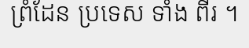
ព្រំដែន ប្រទេស ទាំង ពីរ ។